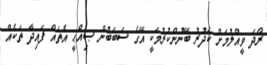
ރޯދަ ވީއްލުމަށް ކަދުރު ބޭނުންކުރުމަކީ އޭގެ ސަބަބުން ޞިއްޙީ އެތައް ފައިދާ ތަކެއް